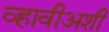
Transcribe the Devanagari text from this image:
व्हावीअशी